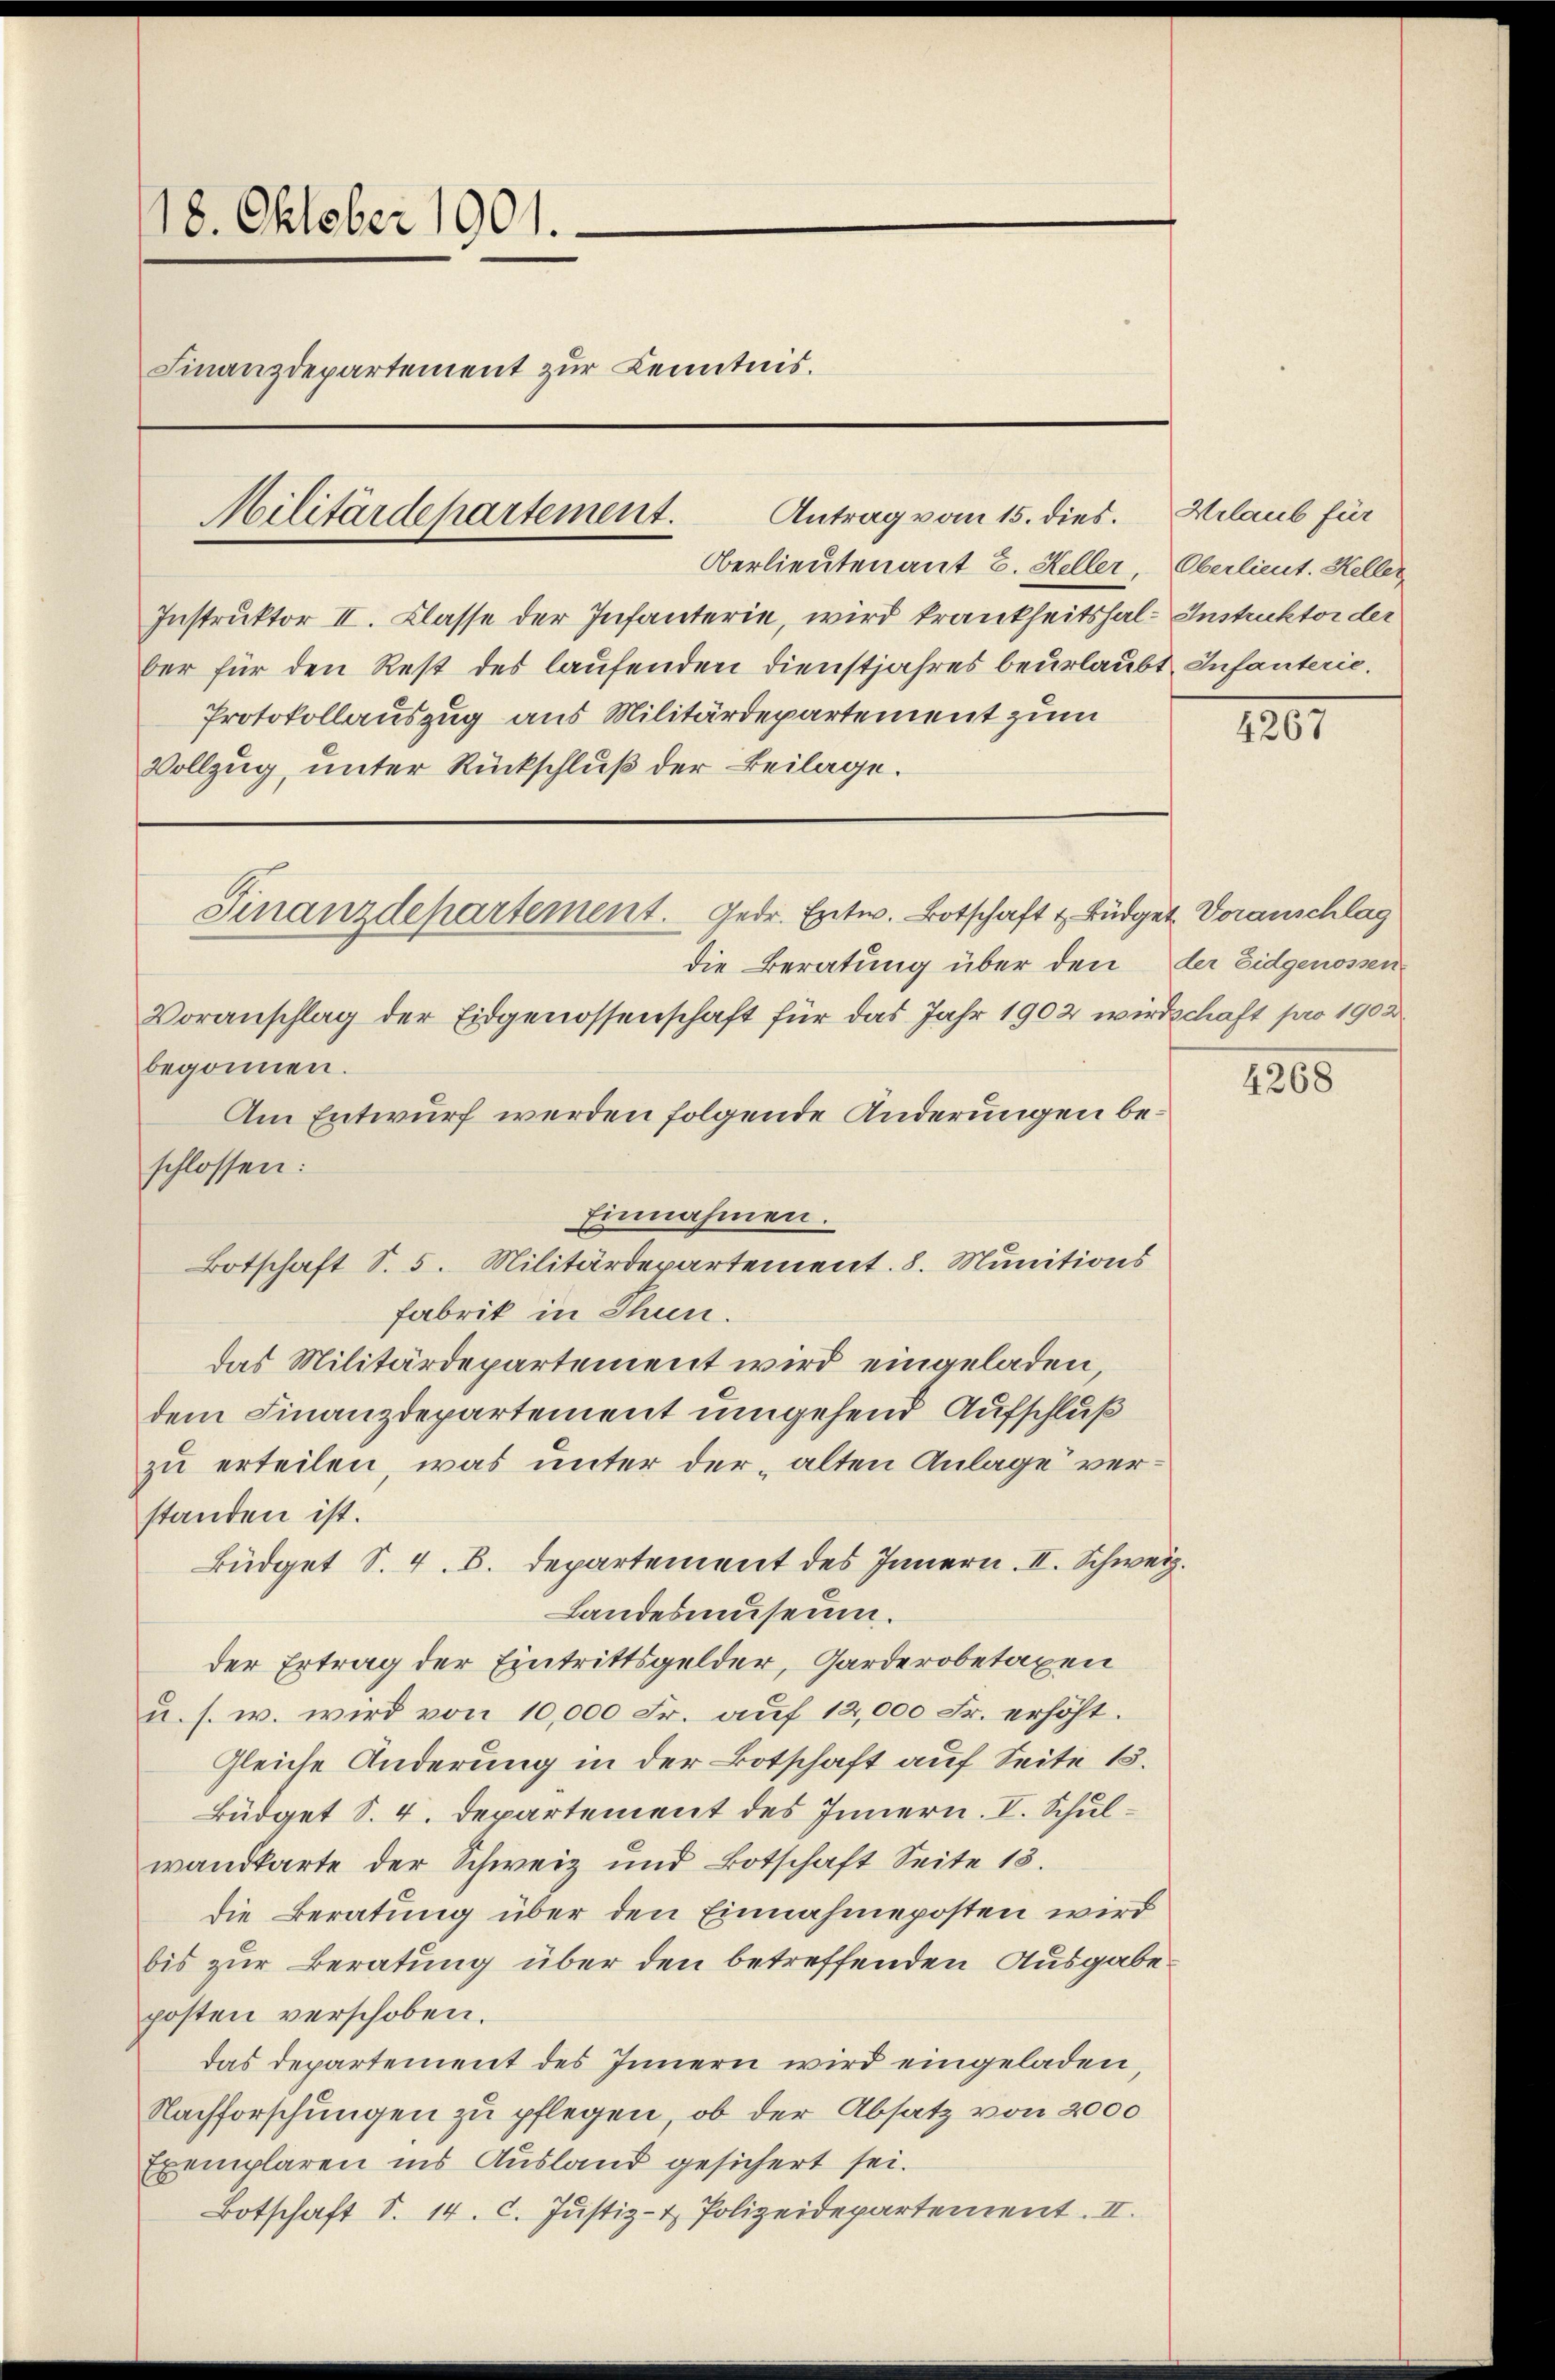
18. Oktober 1901.
Finanzdepartement zur Kenntnis.
Militärdepartement.

die Beratung über den
Voranschlag der Eidgenossenschaft für das Jahr 1902 wird
begonnen.
Am Entwurf werden folgende Änderungen beschlossen:
Einnahmen.
Botschaft S. 5. Militärdepartement. 8. Munitions
Fabrik in Thun.
das Militärdepartement wird eingeladen,
dem Finanzdepartement umgehend Aufschluß
zu erteilen, was unter der „alten Anlage verstanden ist.
Büdget S. 4. B. Departement des Innern. II. Schweiz
Landesmuseum.
der Ertrag der Eintrittsgelder, Garderobetaxen
u. s. w. wird von 10,000 Fr. auf 12,000 Fr. erhöht.
Gleiche Änderung in der Botschaft auf Seite 15.
Büdget S. 4. Departement des Innern. V. Schulwandkarte der Schweiz und Botschaft Seite 13.
die Beratung über den Einnahmeposten wird
bis zur Beratung über den betreffenden Ausgabe
posten verschoben.
das Departement des Innern wird eingeladen
Nachforschungen zu pflegen, ob der Absatz von 2000
Exemplaren ins Ausland gesichert sei.
Botschaft S. 14. c. Justiz- & Polizeidepartement. II.

Finanzdepartement. Gedr. Entw. Botschaft u. Büdget Voranschlag

Antrag vom 15. dies.
Oberlieutenant 2. Heller, Oberlieut. Keller
Instruktor II. Classe der Infanterie, wird krankheitshal-Instruktor der
ber für den Rest des laufenden Dienstjahres beurlaubt, Infanterie.
Protokollauszug aus Militärdepartement zum
Vollzug, unter Rückschluß der Beilage.

Vrlaub für

.

1207

der Eidgenossen.
Schaft pro 1902.

4268